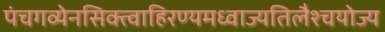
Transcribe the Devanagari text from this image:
पंचगव्येनसिक्त्वाहिरण्यमध्वाज्यतिलैश्चयोज्य